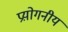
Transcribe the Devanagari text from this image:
प्रय़ोगनीय